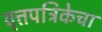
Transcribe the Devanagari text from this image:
वृत्तपत्रिकेचा